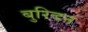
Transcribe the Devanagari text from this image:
बुरिदन